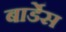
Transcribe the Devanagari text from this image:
बार्डेस